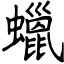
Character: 蠟